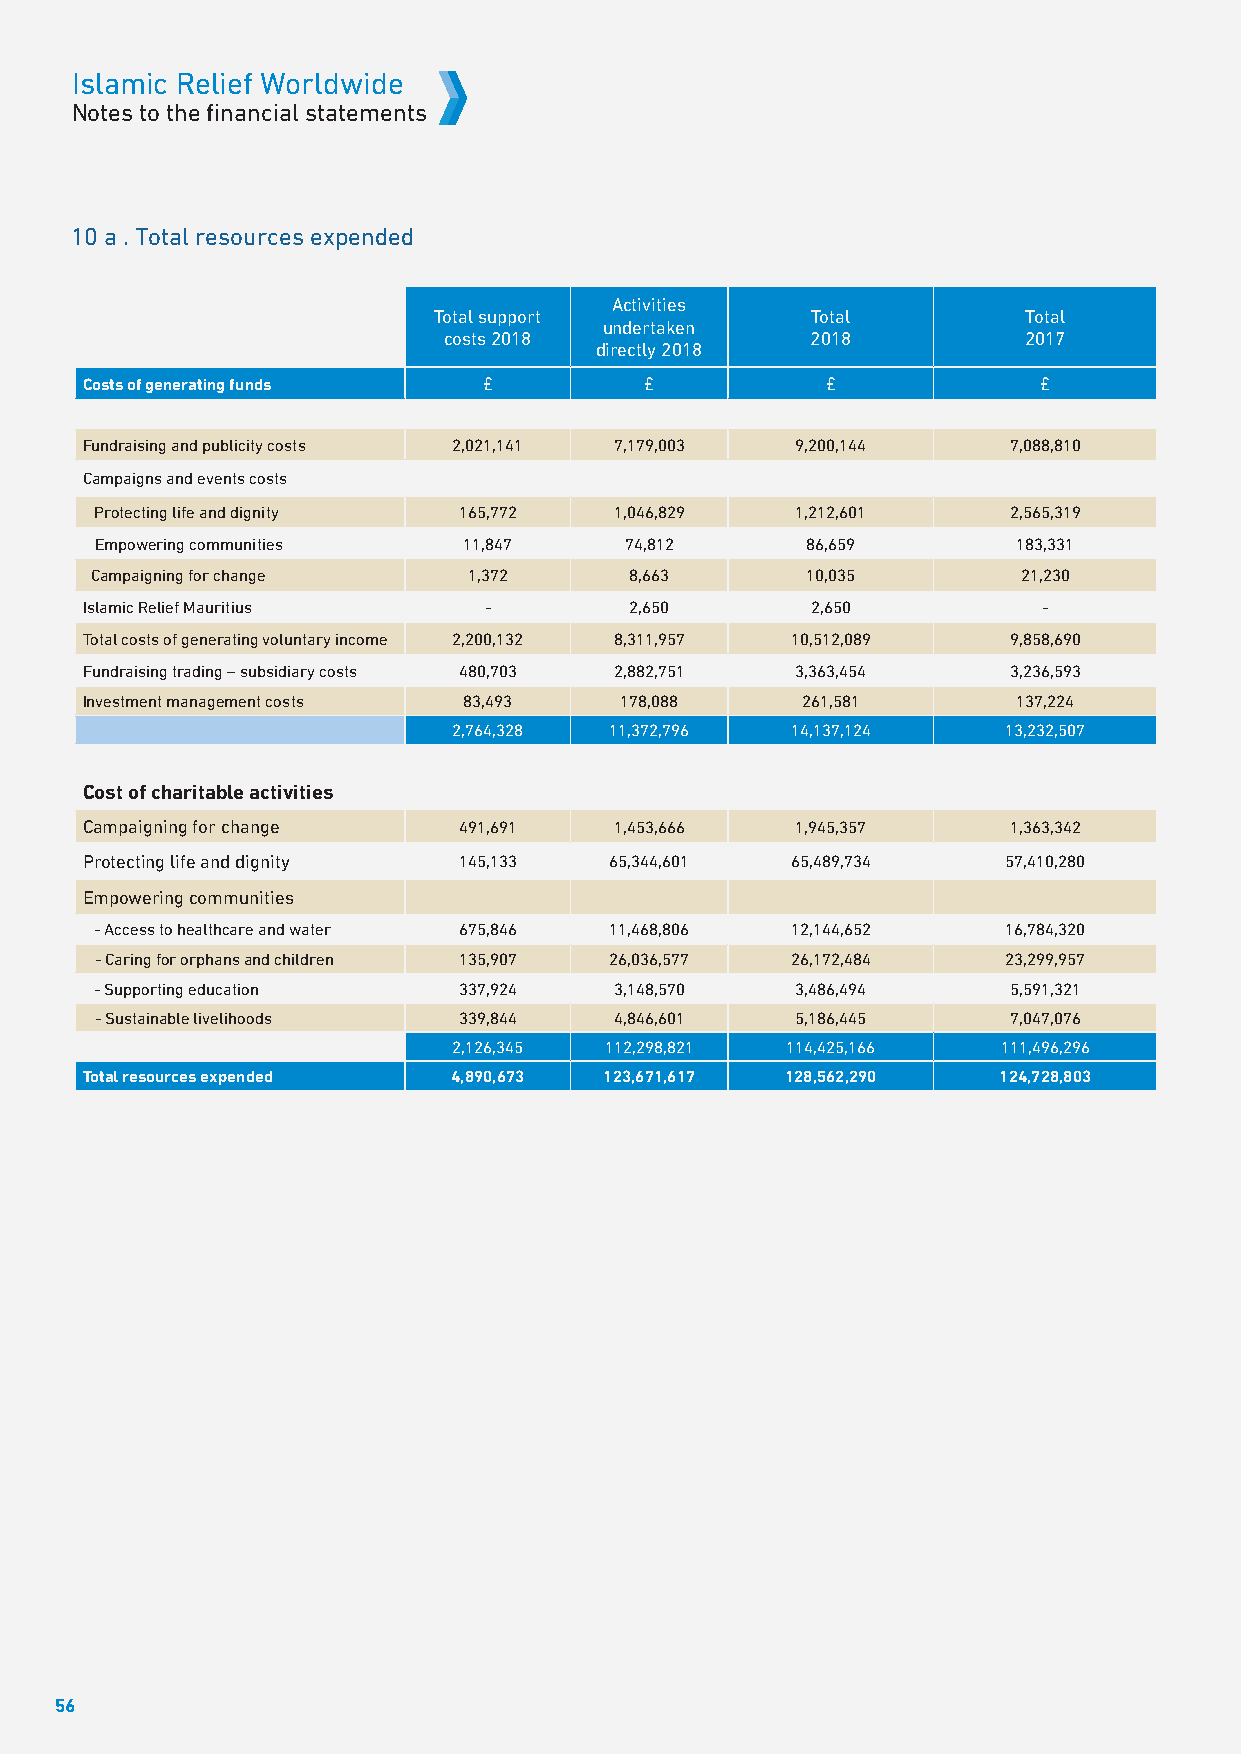
Islamic Relief Worldwide
 Notes to the financial statements
 10 a . Total resources expended
 Activities
 Total support            Total         Total
 undertaken
 costs 2018               2018          2017
 directly 2018
 Costs of generating funds  £          £           £             £
 Fundraising and publicity costs 2,021,141 7,179,003 9,200,144 7,088,810
 Campaigns and events costs
 Protecting life and dignity 165,772 1,046,829  1,212,601     2,565,319
 Empowering communities   11,847    74,812      86,659        183,331
 Campaigning for change   1,372      8,663      10,035         21,230
 Islamic Relief Mauritius  -         2,650       2,650          -
 Total costs of generating voluntary income 2,200,132 8,311,957 10,512,089 9,858,690
 Fundraising trading – subsidiary costs 480,703 2,882,751 3,363,454 3,236,593
 Investment management costs 83,493 178,088     261,581       137,224
 2,764,328 11,372,796  14,137,124     13,232,507
 Cost of charitable activities
 Campaigning for change   491,691    1,453,666   1,945,357     1,363,342
 Protecting life and dignity 145,133 65,344,601 65,489,734     57,410,280
 Empowering communities
 - Access to healthcare and water 675,846 11,468,806 12,144,652 16,784,320
 - Caring for orphans and children 135,907 26,036,577 26,172,484 23,299,957
 - Supporting education  337,924    3,148,570   3,486,494     5,591,321
 - Sustainable livelihoods 339,844  4,846,601   5,186,445     7,047,076
 2,126,345 112,298,821 114,425,166   111,496,296
 Total resources expended 4,890,673 123,671,617 128,562,290  124,728,803
 56